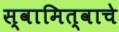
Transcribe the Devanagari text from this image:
स्वामित्वाचे